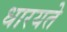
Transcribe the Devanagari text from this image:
धारयते